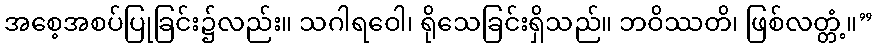
အစေ့အစပ်ပြုခြင်း၌လည်း။ သဂါရဝေါ၊ ရိုသေခြင်းရှိသည်။ ဘဝိဿတိ၊ ဖြစ်လတ္တံ့။”